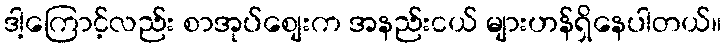
ဒါ့ကြောင့်လည်း စာအုပ်စျေးက အနည်းငယ် များဟန်ရှိနေပါတယ်။